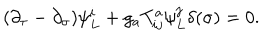
LaTeX: ( \partial _ { \tau } - \partial _ { \sigma } ) \psi _ { L } ^ { i } + g _ { a } T _ { i j } ^ { a } \psi _ { L } ^ { j } \delta ( \sigma ) = 0 .